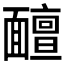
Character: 𩉊